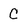
Character: C